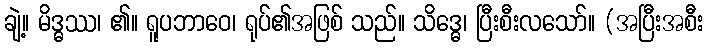
ချဲ့။ မိဒ္ဓဿ၊ ၏။ ရူပဘာဝေ၊ ရုပ်၏အဖြစ် သည်။ သိဒ္ဓေ၊ ပြီးစီးလသော်။ (အပြီးအစီး